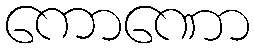
ကောဏော